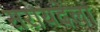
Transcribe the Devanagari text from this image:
सरायदेला